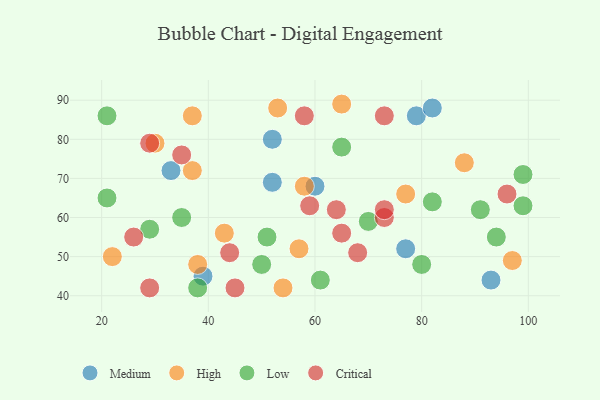
{"axis": {"x": "GDP", "y": "Life Expectancy"}, "legend": ["Critical", "High", "Low", "Medium"], "data": [{"x": "79", "y": 86, "type": "Medium"}, {"x": "60", "y": 68, "type": "Medium"}, {"x": "93", "y": 44, "type": "Medium"}, {"x": "39", "y": 45, "type": "Medium"}, {"x": "52", "y": 80, "type": "Medium"}, {"x": "52", "y": 69, "type": "Medium"}, {"x": "33", "y": 72, "type": "Medium"}, {"x": "77", "y": 52, "type": "Medium"}, {"x": "82", "y": 88, "type": "Medium"}, {"x": "37", "y": 72, "type": "High"}, {"x": "97", "y": 49, "type": "High"}, {"x": "58", "y": 68, "type": "High"}, {"x": "65", "y": 89, "type": "High"}, {"x": "53", "y": 88, "type": "High"}, {"x": "43", "y": 56, "type": "High"}, {"x": "54", "y": 42, "type": "High"}, {"x": "37", "y": 86, "type": "High"}, {"x": "30", "y": 79, "type": "High"}, {"x": "22", "y": 50, "type": "High"}, {"x": "77", "y": 66, "type": "High"}, {"x": "57", "y": 52, "type": "High"}, {"x": "38", "y": 48, "type": "High"}, {"x": "88", "y": 74, "type": "High"}, {"x": "50", "y": 48, "type": "Low"}, {"x": "70", "y": 59, "type": "Low"}, {"x": "91", "y": 62, "type": "Low"}, {"x": "29", "y": 57, "type": "Low"}, {"x": "51", "y": 55, "type": "Low"}, {"x": "99", "y": 71, "type": "Low"}, {"x": "65", "y": 78, "type": "Low"}, {"x": "82", "y": 64, "type": "Low"}, {"x": "21", "y": 65, "type": "Low"}, {"x": "21", "y": 86, "type": "Low"}, {"x": "38", "y": 42, "type": "Low"}, {"x": "80", "y": 48, "type": "Low"}, {"x": "94", "y": 55, "type": "Low"}, {"x": "99", "y": 63, "type": "Low"}, {"x": "61", "y": 44, "type": "Low"}, {"x": "35", "y": 60, "type": "Low"}, {"x": "73", "y": 60, "type": "Critical"}, {"x": "29", "y": 42, "type": "Critical"}, {"x": "96", "y": 66, "type": "Critical"}, {"x": "45", "y": 42, "type": "Critical"}, {"x": "26", "y": 55, "type": "Critical"}, {"x": "58", "y": 86, "type": "Critical"}, {"x": "44", "y": 51, "type": "Critical"}, {"x": "73", "y": 86, "type": "Critical"}, {"x": "73", "y": 62, "type": "Critical"}, {"x": "59", "y": 63, "type": "Critical"}, {"x": "35", "y": 76, "type": "Critical"}, {"x": "65", "y": 56, "type": "Critical"}, {"x": "29", "y": 79, "type": "Critical"}, {"x": "68", "y": 51, "type": "Critical"}, {"x": "64", "y": 62, "type": "Critical"}]}